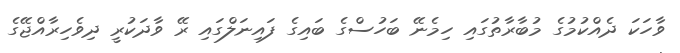
ވާހަކަ ދެއްކުމުގެ މުބާރާތުގައި ހިމެނޭ ބަހުސްގެ ބައިގެ ފައިނަލްގައި ރޭ ވާދަކުރީ ދިވެހިރާއްޖޭގެ